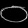
Digit: ၀